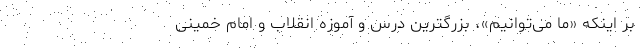
بر اینکه «ما می‌توانیم»، بزرگترین درس و آموزه انقلاب و امام خمینی